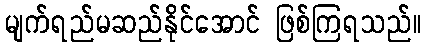
မျက်ရည်မဆည်နိုင်အောင် ဖြစ်ကြရသည်။